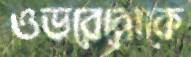
ওভরেবোকে